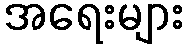
အရေးများ